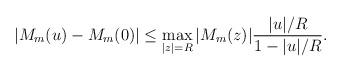
LaTeX: \begin{align*} \left|M_m(u) - M_m(0)\right| \leq \max_{|z|=R} |M_m(z)| \frac{|u|/R}{1-|u|/R}.\end{align*}